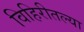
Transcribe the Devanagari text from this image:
विहिरीतल्या